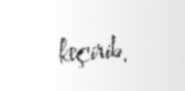
keçirib.